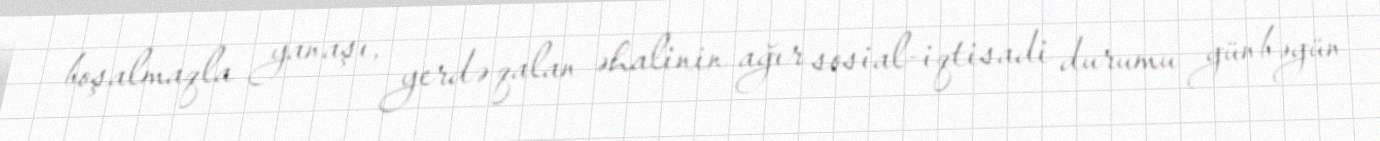
boşalmaqla yanaşı, yerdə qalan əhalinin ağır sosial-iqtisadi durumu günbəgün